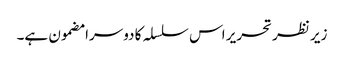
زیر نظر تحریر اس سلسلہ کا دوسرا مضمون ہے۔